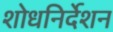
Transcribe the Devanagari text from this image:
शोधनिर्देशन